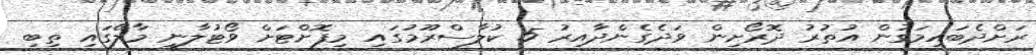
ރަށްދެބައިމަގުން އުތުރު ދޮރޯށިން ވަދެގެންދާއިރު 5 ކުލާސްރޫމުގައި މިފޮށްޓަށް ވޯޓުލާނީ މާލޭގައި ތިބި